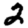
Digit: 2